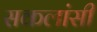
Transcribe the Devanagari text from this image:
सकलांसी